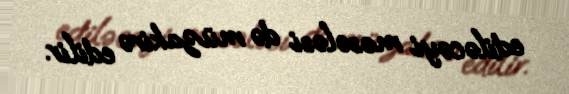
ediləcəyi məsələsi də müzakirə edilir.